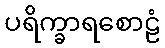
ပရိက္ခာရစောဠံ